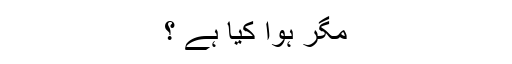
مگر ہوا کیا ہے ؟